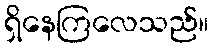
ရှိနေကြလေသည်။